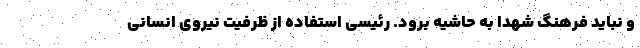
و نباید فرهنگ شهدا به حاشیه برود. رئیسی استفاده از ظرفیت نیروی انسانی